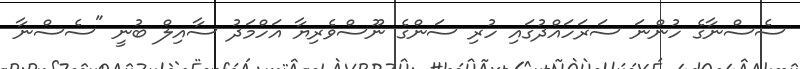
ސެސްނާގެ ހުންނަ ސަރަހައްދުގައި ހުރި ސަންގެ ނޫސްވެރިޔާ އަހްމަދު ސާއިލް ބުނީ "ސެސްނާ